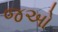
જઓ